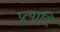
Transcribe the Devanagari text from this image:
प्रत्यादि